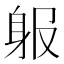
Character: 𨈞